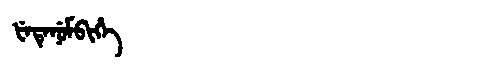
Manchu: ᡶᡝᡨᡝᠨᡠᠮᠪᡳᡥᡝ
Romanization: FETENUMBIHE